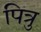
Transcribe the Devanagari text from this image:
पित्रु